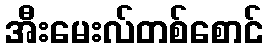
အီးမေးလ်တစ်စောင်